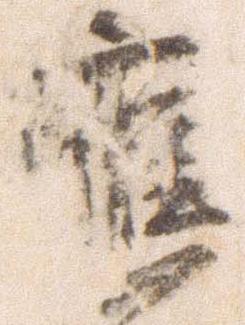
応